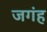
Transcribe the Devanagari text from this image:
जगंह